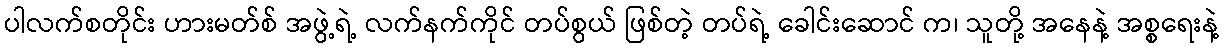
ပါလက်စတိုင်း ဟားမတ်စ် အဖွဲ့ရဲ့ လက်နက်ကိုင် တပ်စွယ် ဖြစ်တဲ့ တပ်ရဲ့ ခေါင်းဆောင် က၊ သူတို့ အနေနဲ့ အစ္စရေးနဲ့